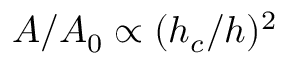
A / A _ { 0 } \propto ( h _ { c } / h ) ^ { 2 }